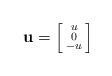
LaTeX: \begin{align*}\mathbf{u}=\left[\begin{smallmatrix}u\\0\\-u \end{smallmatrix}\right]\end{align*}